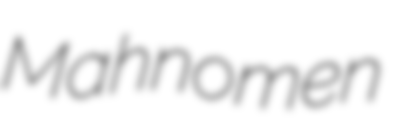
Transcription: Mahnomen